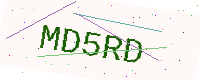
Text: MD5RD